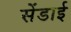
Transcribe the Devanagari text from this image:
सेंडाई